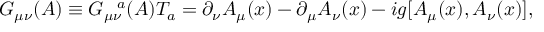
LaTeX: G _ { \mu \nu } ( A ) \equiv G _ { \mu \nu } ^ { ~ ~ a } ( A ) T _ { a } = \partial _ { \nu } A _ { \mu } ( x ) - \partial _ { \mu } A _ { \nu } ( x ) - i g [ A _ { \mu } ( x ) , A _ { \nu } ( x ) ] ,